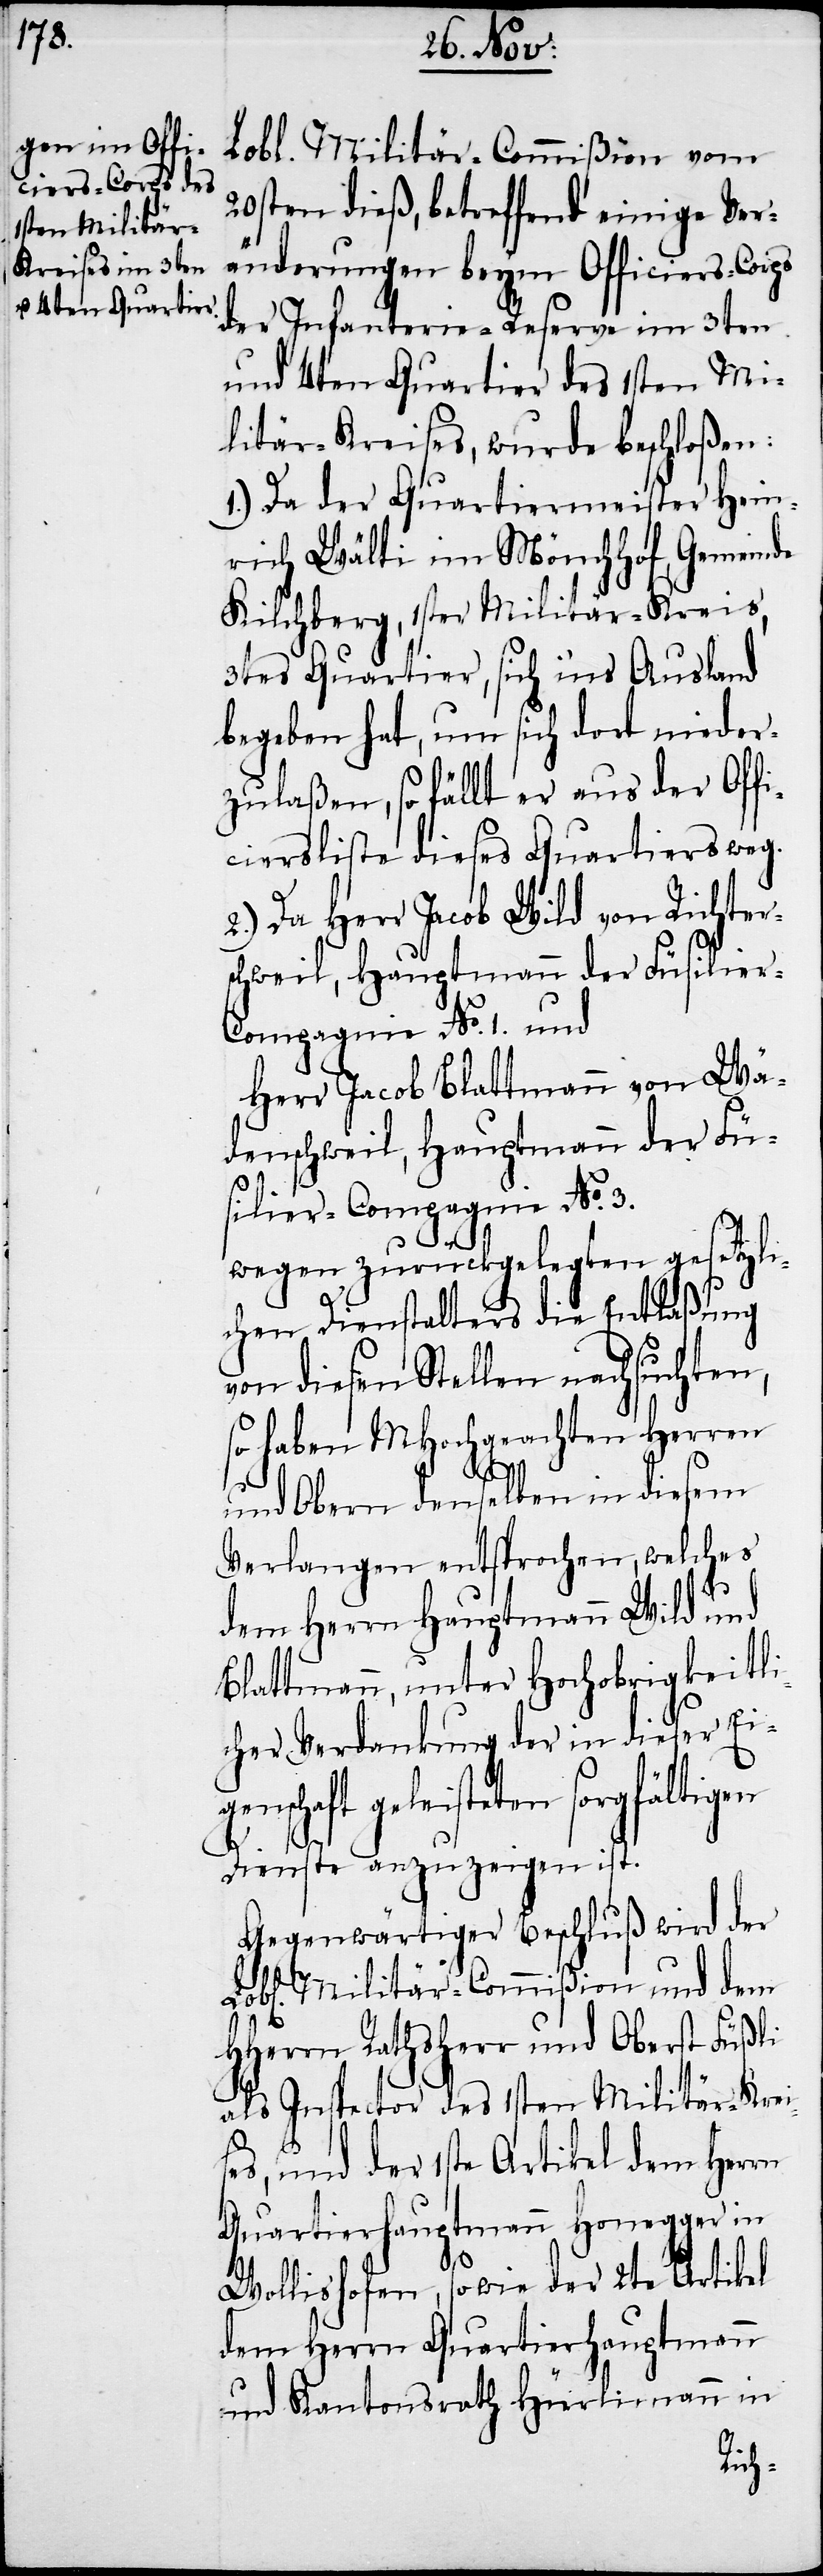
Lobl. Militär-Commißion vom
20sten dieß, betreffend einige Ver¬
änderungen beym Officiers-Corps
der Infanterie-Reserve im 3ten
und 4ten Quartier des 1sten Mi¬
litär-Kreises, wurde beschloßen:
1.) Da der Quartiermeister Hein¬
rich Wälti im Mönchhof, Gemeinde
Kilchberg, 1ster Militär-Kreis,
3tes Quartier, sich ins Ausland
ciersliste dieses Quartiers weg.
2.) Da Herr Jacob Wild von Richter¬
schweil, Hauptmann der Füsilier-C¬
ompagnie No. 1 und
Herr Jacob Blattmann von Wä¬
denschweil, Hauptmann der Fü¬
silier-Compagnie No. 3.
wegen zurückgelegten gesetzli¬
chen Dienstalters die Entlaßung
von diesen Stellen nachsuchten,
so haben MHochgeachten Herren
haft
und Obern denselben in diesem
Verlangen entsprochen, welches
dem Herrn Hauptmann Wild und
Blattmann, unter Hochobrigkeitli¬
cher Verdankung der in dieser Ei¬
geleisteten sorgfältigen
Dienste anzuzeigen ist.
Gegenwärtiger Beschluß wird der
Militär-Commißion und dem
HHerrn Rathsherr und Oberst Füßli
als Inspector des 1sten Militär-Krei¬
ses, und der 1ste Artikel dem Herrn
Quartierhauptmann Honegger in
Wollishofen, so wie der 2te Artikel
dem Herrn Quartierhauptmann
und Kantonsrath Hürlimann in